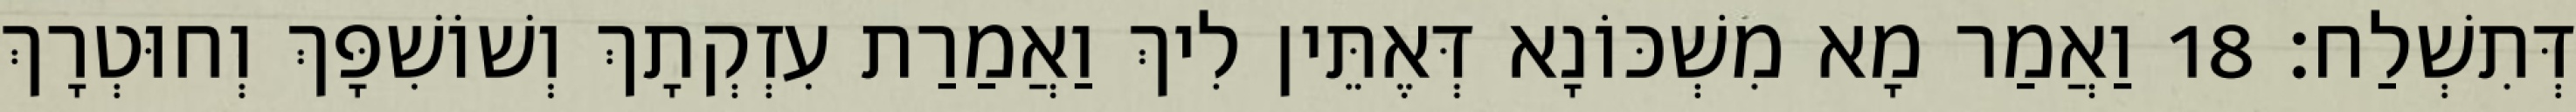
דְּתִשְׁלַח׃ 18 וַאֲמַר מָא מִשְׁכּוֹנָא דְּאֶתֵּין לִיךְ וַאֲמַרַת עִזְקְתָךְ וְשׁוֹשִׁפָּךְ וְחוּטְרָךְ